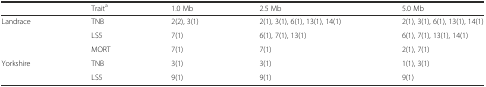
|  | Traita | 1.0 Mb | 2.5 Mb | 5.0 Mb |
 | --- | --- | --- | --- | --- |
 | Landrace | TNB | 2(2), 3(1) | 2(1), 3(1), 6(1), 13(1), 14(1) | 2(1), 3(1), 6(1), 13(1), 14(1) |
 |  | LS5 | 7(1) | 6(1), 7(1), 13(1) | 6(1), 7(1), 13(1), 14(1) |
 |  | MORT | 7(1) | 7(1) | 2(1), 7(1) |
 | Yorkshire | TNB | 3(1) | 3(1) | 1(1), 3(1) |
 |  | LS5 | 9(1) | 9(1) | 9(1) |